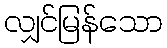
လျှင်မြန်သော